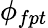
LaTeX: \phi_{fpt}